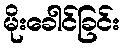
မိုးခေါင်ခြင်း